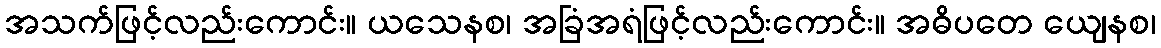
အသက်ဖြင့်လည်းကောင်း။ ယသေနစ၊ အခြံအရံဖြင့်လည်းကောင်း။ အဓိပတေ ယျေနစ၊